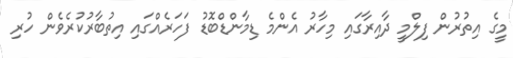
މީގެ އިތުރުން ފިލްމީ ދާއިރާގައި މިހާރު އެންމެ ޑިމާންޑްބޮޑު ފަހަރެއްގައި އިތުބާރުކުރެވެން ހުރި